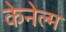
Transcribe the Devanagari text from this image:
केनेल्म